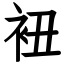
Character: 𧘥